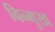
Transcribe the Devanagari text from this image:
विन्‍मुख